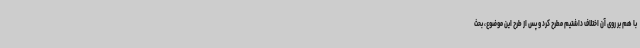
با هم بر روی آن اختلاف داشتیم مطرح کرد و پس از طرح این موضوع، بحث